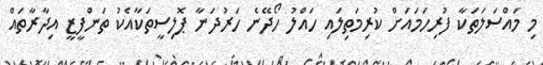
މި މައްސަލަތަކާ ފުރިހަމައަށް ކުރިމަތިލައި ހައްލު ހޯދޭނެ ހަރުދަނާ ޕޮލިސީތަކާއެކު ތަންފީޒީ އިދާރާތައް